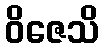
ဝိဇေသိ